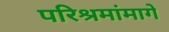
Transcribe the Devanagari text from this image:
परिश्रमांमागे